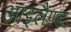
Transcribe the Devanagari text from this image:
आइलैण्‍ड